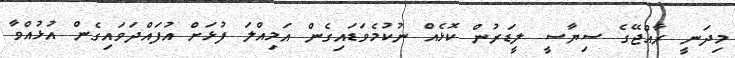
މިދަނީ ރާއްޖޭގެ ސިޔާސީ ލީޑަރުން ކޮޅެއް ނުކުމެވަޑައިގެން އަމިއްލަ ފުޅަށް އުފައްދަވައިގެން އުޅުއްވާ